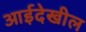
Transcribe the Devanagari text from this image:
आईदेखील